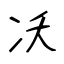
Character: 㓇